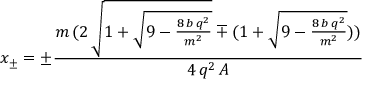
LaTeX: x _ { \pm } = \pm \frac { m \, ( 2 \, \sqrt { 1 + \sqrt { 9 - \frac { 8 \, b \, q ^ { 2 } } { m ^ { 2 } } } } \mp ( 1 + \sqrt { 9 - \frac { 8 \, b \, q ^ { 2 } } { m ^ { 2 } } } ) ) } { 4 \, q ^ { 2 } \, A }